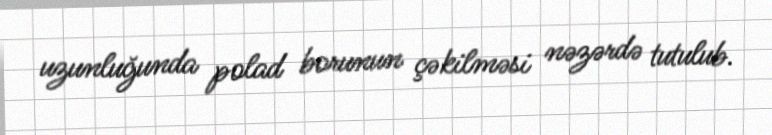
uzunluğunda polad borunun çəkilməsi nəzərdə tutulub.